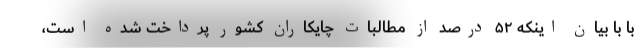
با با بیان اینکه ۵۲ درصد از مطالبات چایکاران کشور پرداخت شده است،